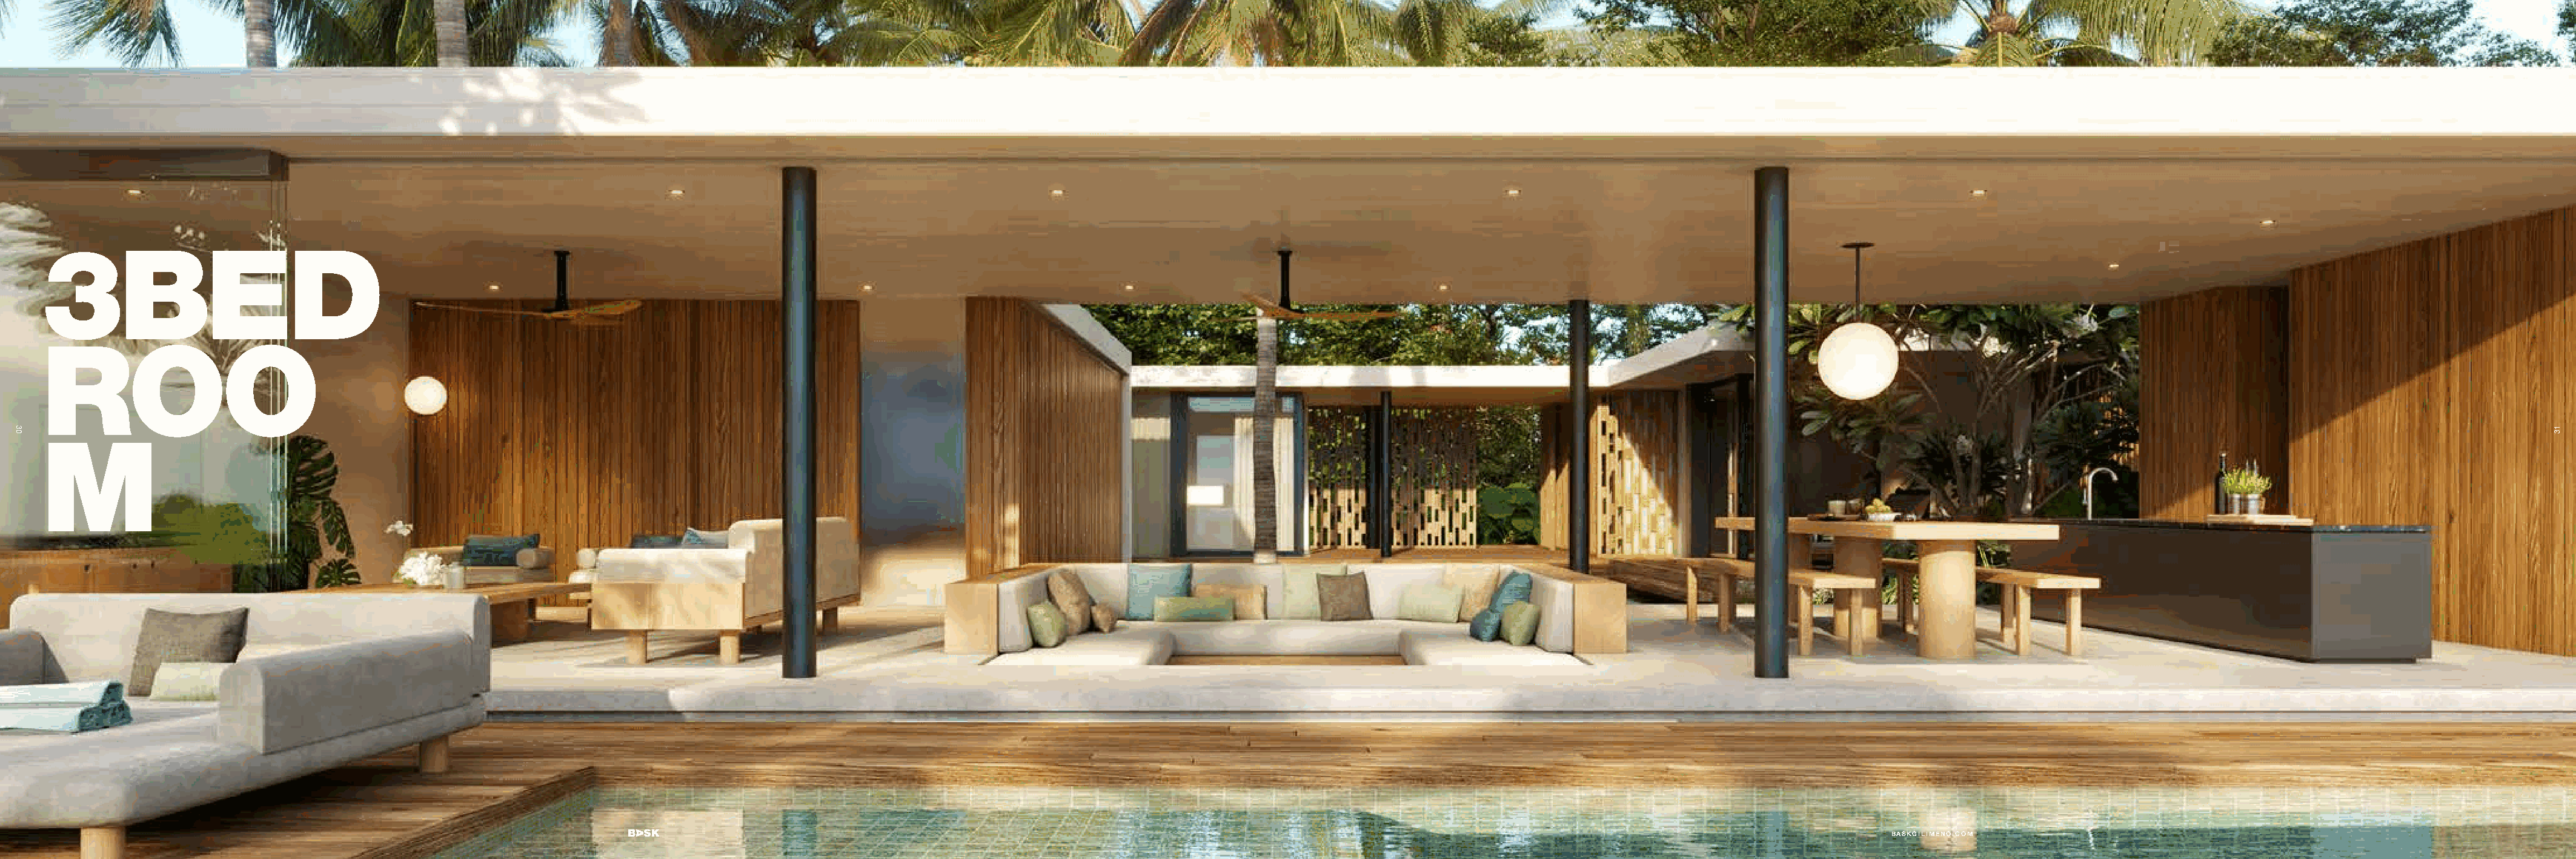
3BED
 ROO
 M
 BASKGILIMENO.COM
 30                                                                                                                                                                                                                                                                                    13